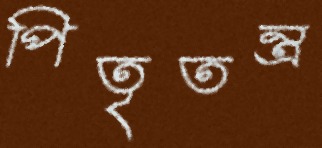
পিতৃতন্ত্র